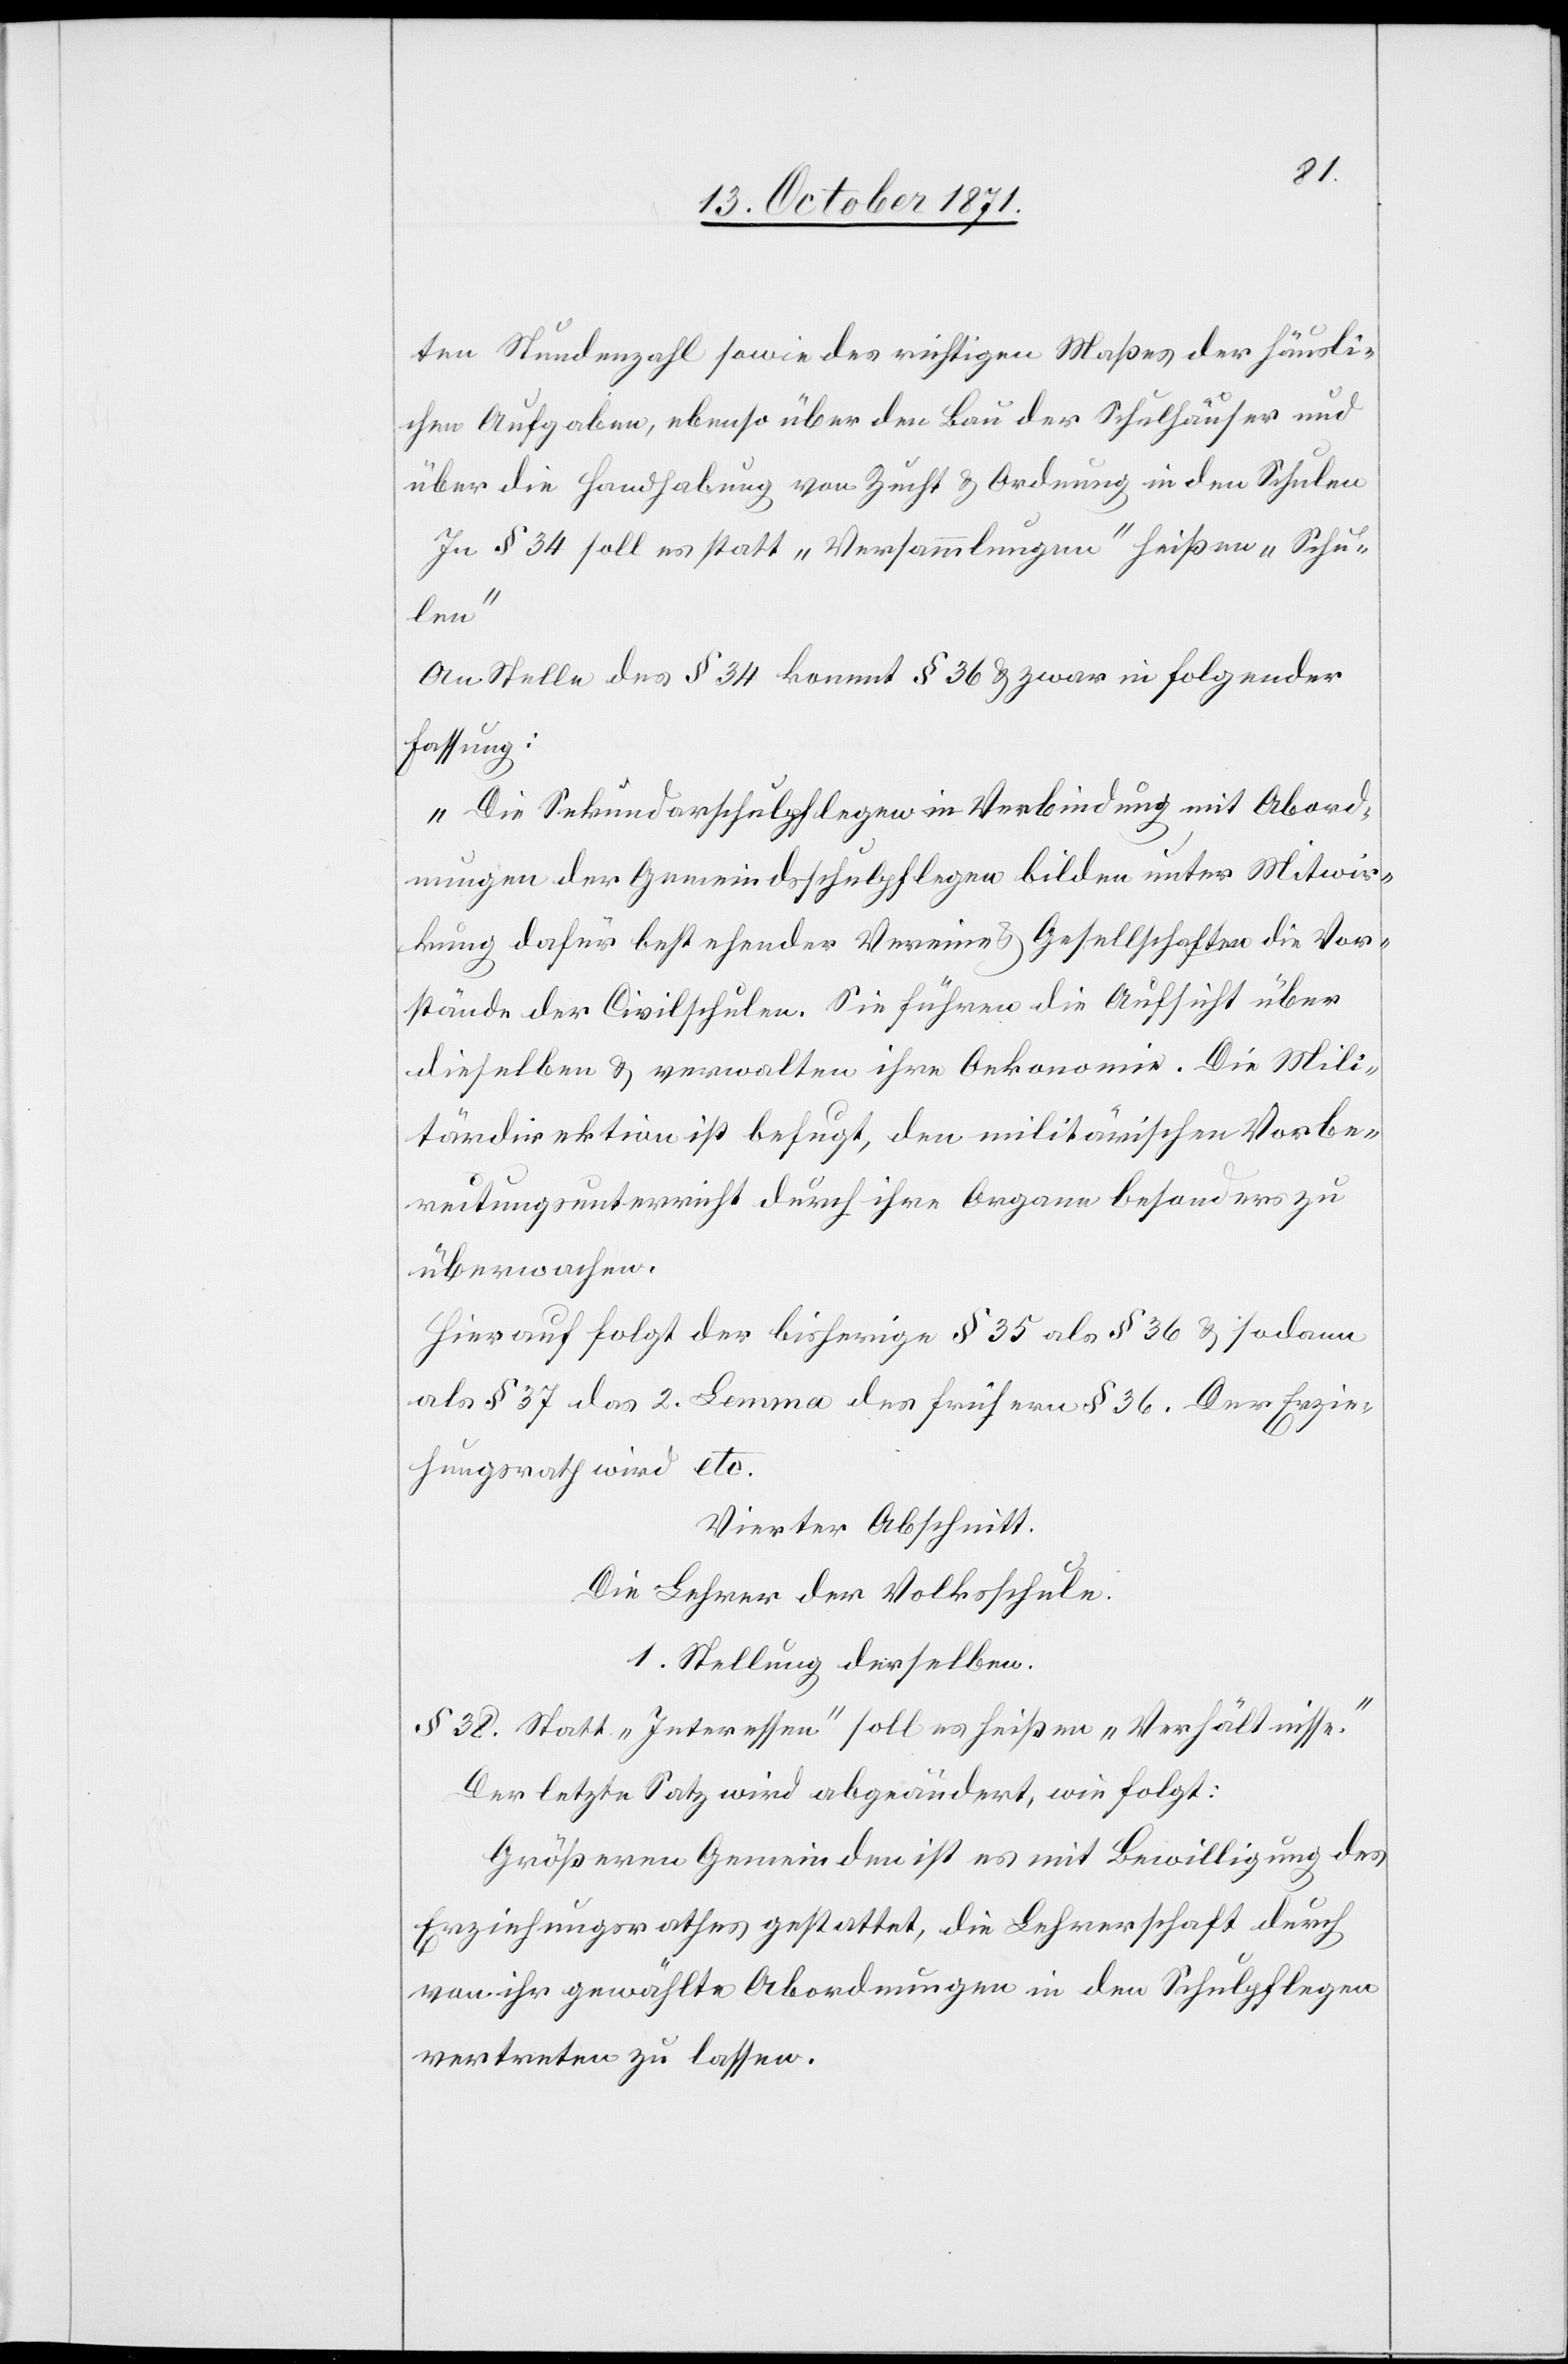
ten Stundenzahl sowie des richtigen Maßes der häusli¬
chen Aufgaben, ebenso über den Bau der Schulhäuser und
über die Handhabung von Zucht & Ordnung in den Schulen.“
In § 34 soll es statt „Versammlungen“ heißen „Schu¬
len“
An Stelle des § 34 kommt § 36 & zwar in folgender
Fassung:
„Die Sekundarschulpflegen in Verbindung mit Abord¬
nungen der Gemeindsschulpflege bilden unter Mitwir¬
kung dafür bestehender Vereine & Gesellschaften die Vor¬
stände der Civilschulen. Sie führen die Aufsicht über
dieselben & verwalten ihre Oekonomie. Die Mili¬
tärdirektion ist befugt, den militärischen Vorbe¬
reitungsunterricht durch ihre Organe besonders zu
überwachen.“
Hierauf folgt der bisherige § 35 als § 36 & sodann
als § 37 das 2. Lemma des frühern § 36. Der Erzie¬
hungsrath wird etc.
Vierter Abschnitt.
Die Lehrer der Volksschule.
1. Stellung derselben
§ 38. Statt „Interessen“ soll es heißen „Verhältnisse“.
Der letzte Satz wird abgeändert, wie folgt:
Größeren Gemeinden ist es mit Bewilligung des
Erziehungsrathes gestattet, die Lehrerschaft durch
von ihr gewählte Abordnungen in den Schulpflegen
vertreten zu lassen.